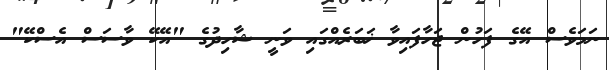
ނަމަވެސް އޭގެ ފަހުން ޖަހާފައިވާ ޚަބަރެއްގައި ވަނީ ޝާހިދުގެ "އޭކޭ ވާސަސް އެސްކޭ"